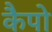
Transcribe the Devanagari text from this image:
कैपो